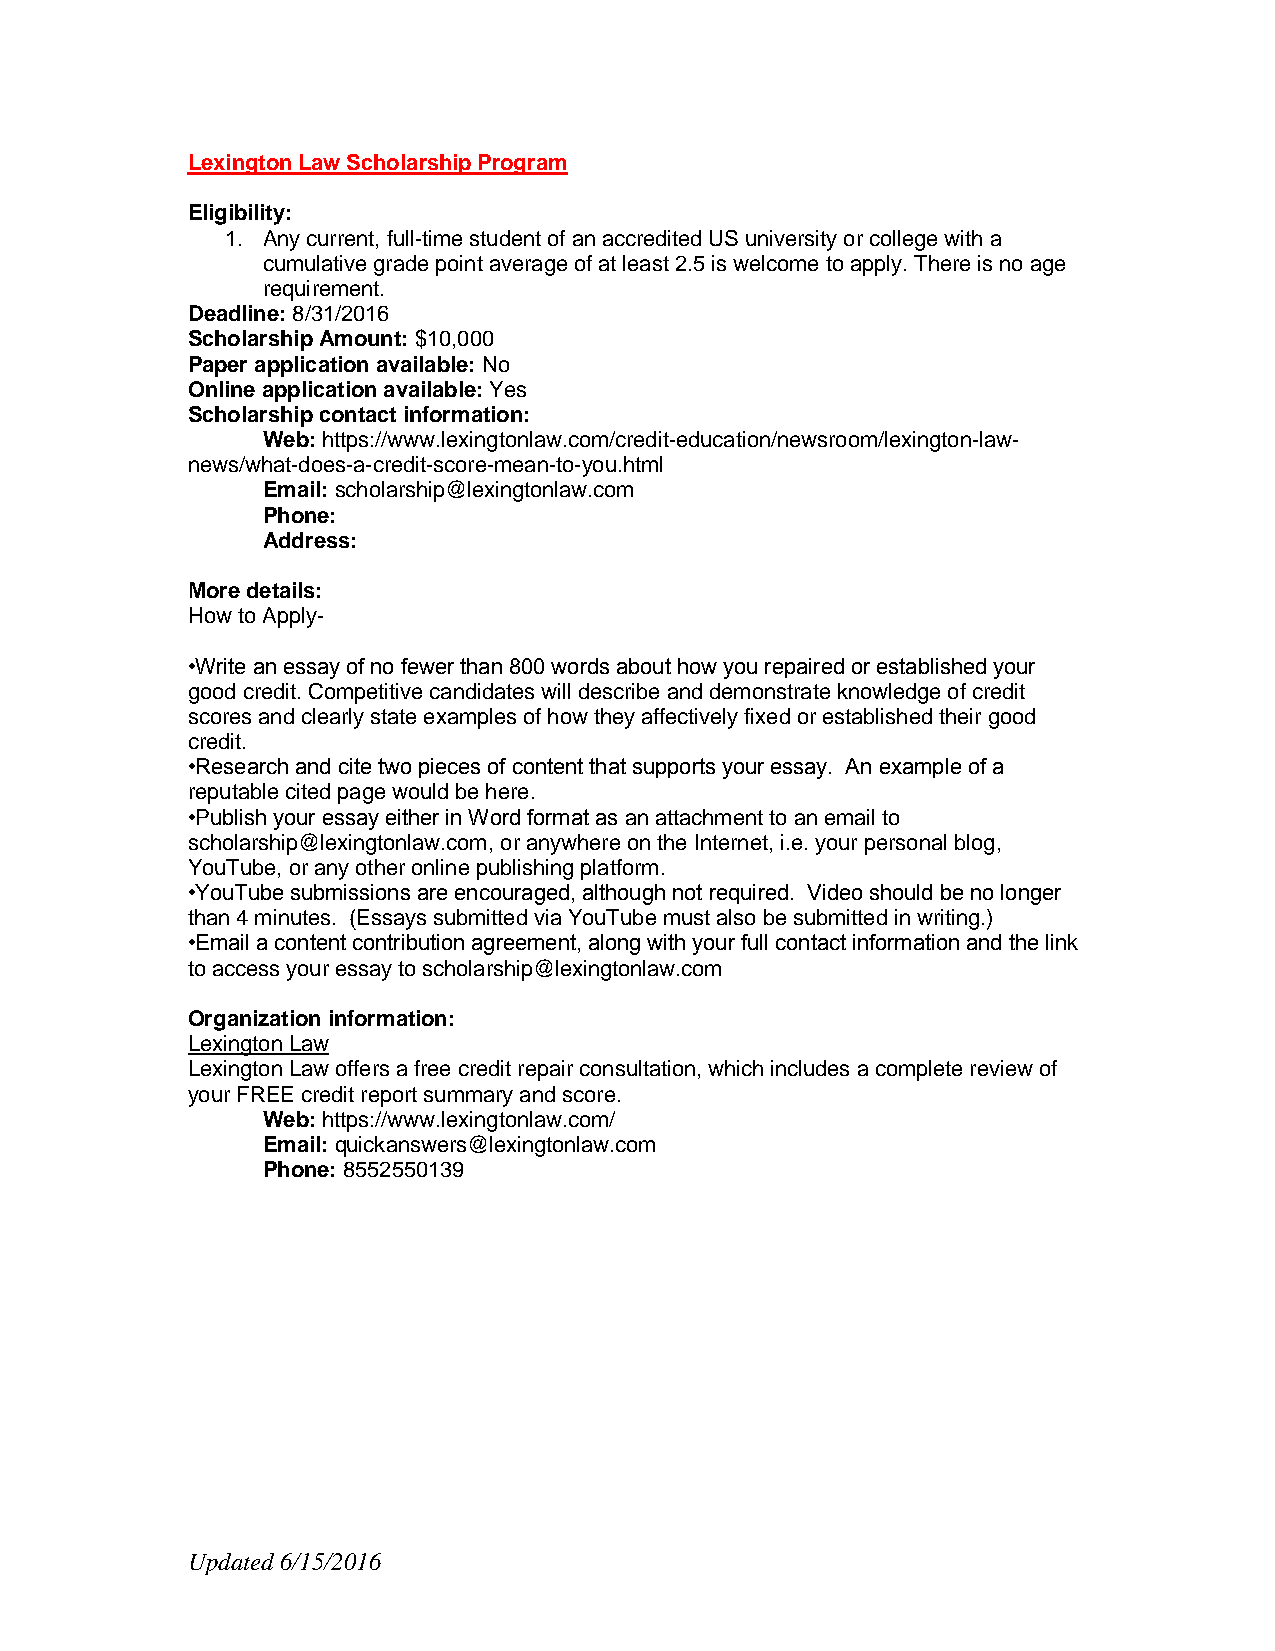
Lexington Law Scholarship Program
 Eligibility:
 1. Any current, full-time student of an accredited US university or college with a
 cumulative grade point average of at least 2.5 is welcome to apply. There is no age
 requirement.
 Deadline: 8/31/2016
 Scholarship Amount: $10,000
 Paper application available: No
 Online application available: Yes
 Scholarship contact information:
 Web: https://www.lexingtonlaw.com/credit-education/newsroom/lexington-law-
 news/what-does-a-credit-score-mean-to-you.html
 Email: scholarship@lexingtonlaw.com
 Phone:
 Address:
 More details:
 How to Apply-
 •Write an essay of no fewer than 800 words about how you repaired or established your
 good credit. Competitive candidates will describe and demonstrate knowledge of credit
 scores and clearly state examples of how they affectively fixed or established their good
 credit.
 •Research and cite two pieces of content that supports your essay. An example of a
 reputable cited page would be here.
 •Publish your essay either in Word format as an attachment to an email to
 scholarship@lexingtonlaw.com, or anywhere on the Internet, i.e. your personal blog,
 YouTube, or any other online publishing platform.
 •YouTube submissions are encouraged, although not required. Video should be no longer
 than 4 minutes. (Essays submitted via YouTube must also be submitted in writing.)
 •Email a content contribution agreement, along with your full contact information and the link
 to access your essay to scholarship@lexingtonlaw.com
 Organization information:
 Lexington Law
 Lexington Law offers a free credit repair consultation, which includes a complete review of
 your FREE credit report summary and score.
 Web: https://www.lexingtonlaw.com/
 Email: quickanswers@lexingtonlaw.com
 Phone: 8552550139
 Updated 6/15/2016